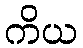
ကိယ